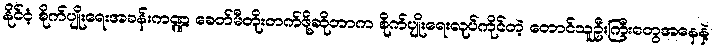
နိုင်ငံ့ စိုက်ပျိုးရေးအခန်းကဏ္ဍ ခေတ်မီတိုးတက်ဖို့ဆိုတာက စိုက်ပျိုးရေးလုပ်ကိုင်တဲ့ တောင်သူဦးကြီးတွေအနေနဲ့